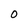
Character: O